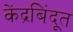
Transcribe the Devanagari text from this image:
केंद्रबिंदूत